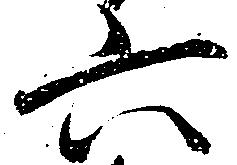
六